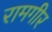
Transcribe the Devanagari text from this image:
रामगीर